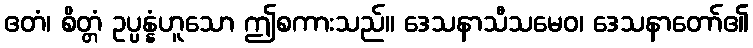
ဧတံ၊ စိတ္တံ ဥပ္ပန္နံဟူသော ဤစကားသည်။ ဒေသနာသီသမေဝ၊ ဒေသနာတော်၏